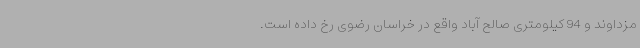
مزداوند و 94 کیلومتری صالح آباد واقع در خراسان رضوی رخ داده‌ است.